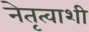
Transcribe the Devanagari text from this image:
नेतृत्वाशी